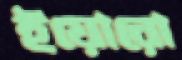
ইয়োরো